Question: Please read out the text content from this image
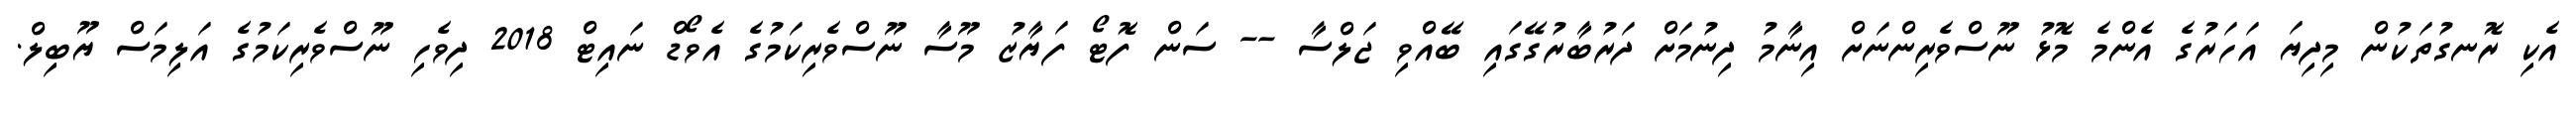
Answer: އެކި ރޮނގުތަކުން މިދިޔަ އަހަރުގެ އެންމެ މޮޅު ނޫސްވެރިންނަށް އިނާމު ދިނުމަށް ދަރުބާރުގޭގައި ބޭއްވި ޖަލްސާ -- ސަން ފޮޓޯ ފަޔާޒު މޫސާ ނޫސްވެރިކަމުގެ އެވޯޑް ނައިޓް 2018 ދިވެހި ނޫސްވެރިކަމުގެ އަލިމަސް ޔޫބިލް.